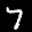
Label: 7